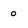
Character: 0